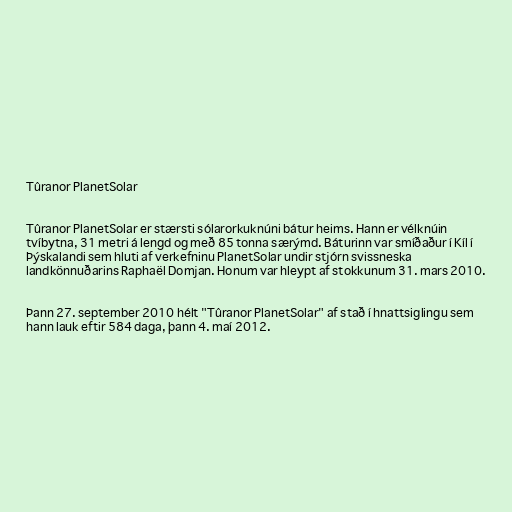
Tûranor PlanetSolar

Tûranor PlanetSolar er stærsti sólarorkuknúni bátur heims. Hann er vélknúin
tvíbytna, 31 metri á lengd og með 85 tonna særýmd. Báturinn var smíðaður í Kíl í
Þýskalandi sem hluti af verkefninu PlanetSolar undir stjórn svissneska
landkönnuðarins Raphaël Domjan. Honum var hleypt af stokkunum 31. mars 2010.

Þann 27. september 2010 hélt "Tûranor PlanetSolar" af stað í hnattsiglingu sem
hann lauk eftir 584 daga, þann 4. maí 2012.